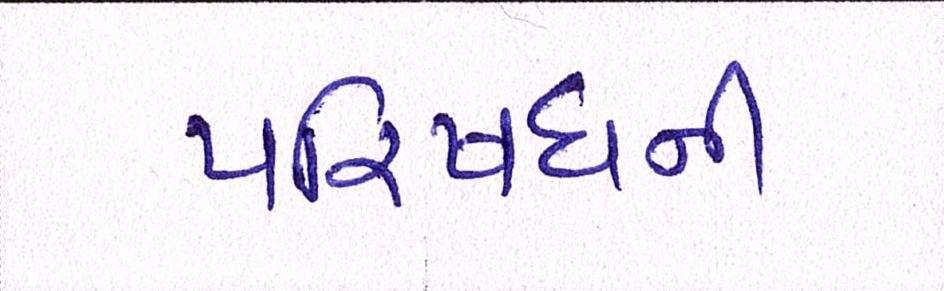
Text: પરિષધની